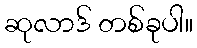
ဆုလာဒ် တစ်ခုပါ။